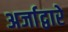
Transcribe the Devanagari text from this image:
अर्जाद्वारे